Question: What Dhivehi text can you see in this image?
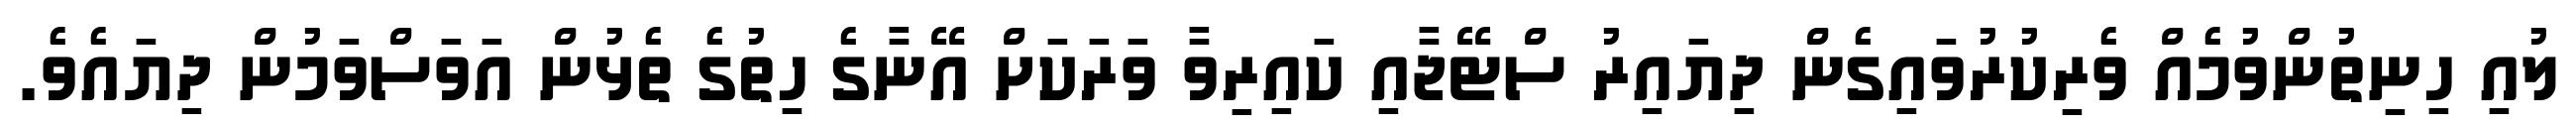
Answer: ލުއި ހިނިތުންވުމެއް ވެރިކުރުވައިގެން ދިޔައިރު ސްޓޭޖާއި ކައިރިވާ ވަރަކަށް އޭނާގެ ހިތުގެ ތެޅުން އަވަސްވަމުން ދިޔައެވެ.